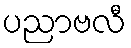
ပညာဗလီ